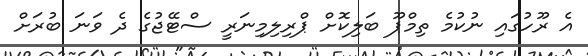
އެ ރޫހުގައި ނުކުމެ ތިމްޕޫ ބަލިކޮށް ޕްރިލިމިނަރީ ސްޓޭޖުގެ ދެ ވަނަ ބުރަށް